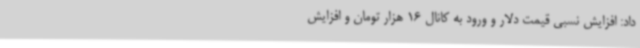
داد: افزایش نسبی قیمت دلار و ورود به کانال 16 هزار تومان و افزایش